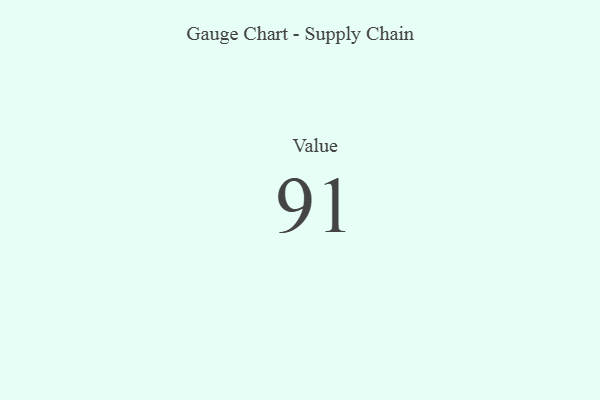
{"axis": {"x": "Metric", "y": "Value"}, "legend": [""], "data": [{"x": "Value", "y": 91, "type": ""}]}